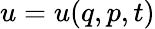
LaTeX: u=u(q,p,t)